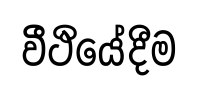
වීථියේදීම